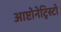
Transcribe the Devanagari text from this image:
आप्टोनेट्रिस्टों